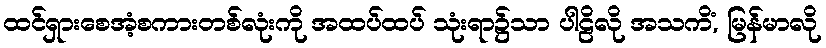
ထင်ရှားစေအံ့စကားတစ်လုံးကို အထပ်ထပ် သုံးရာ၌သာ ပါဠိလို အသကိံ, မြန်မာလို